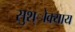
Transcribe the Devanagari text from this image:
सुश्ोक्याय